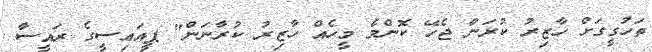
ތަހުގީގަށް ހާޒިރު ކުރަން ޖެހޭ ކޮންމެ މީހެއް ހާޒިރު ކުރާނަން" ޕީއައިސީގެ ރައީސާ